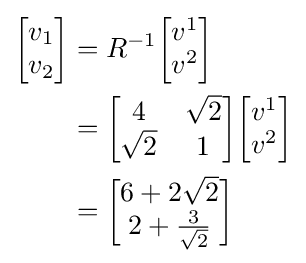
{\begin{aligned}{\begin{bmatrix}v_{1}\\v_{2}\end{bmatrix}}&=R^{-1}{\begin{bmatrix}v^{1}\\v^{2}\end{bmatrix}}\\&={\begin{bmatrix}4&{\sqrt {2}}\\{\sqrt {2}}&1\end{bmatrix}}{\begin{bmatrix}v^{1}\\v^{2}\end{bmatrix}}\\&={\begin{bmatrix}6+2{\sqrt {2}}\\2+{\frac {3}{\sqrt {2}}}\end{bmatrix}}\end{aligned}}